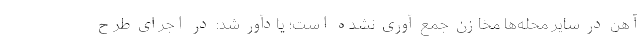
آهن در سایر محله‌ها مخازن جمع آوری نشده است؛ یادآور شد: در اجرای طرح